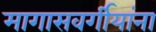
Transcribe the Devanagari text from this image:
मागासवर्गीयांना